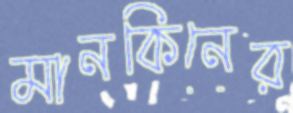
মানকিনের